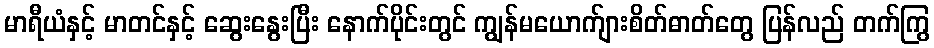
မာရီယံနှင့် မာတင်နှင့် ဆွေးနွေးပြီး နောက်ပိုင်းတွင် ကျွန်မယောက်ျားစိတ်ဓာတ်တွေ ပြန်လည် တက်ကြွ